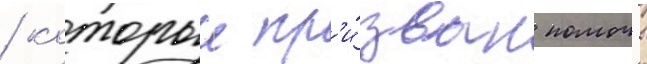
/ которыи пр'и́зван помочь